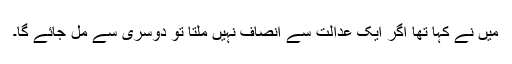
میں نے کہا تھا اگر ایک عدالت سے انصاف نہیں ملتا تو دوسری سے مل جائے گا۔